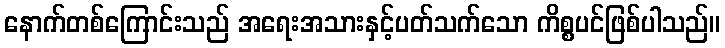
နောက်တစ်ကြောင်းသည် အရေးအသားနှင့်ပတ်သက်သော ကိစ္စပင်ဖြစ်ပါသည်။